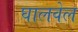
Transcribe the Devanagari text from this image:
घालवेल